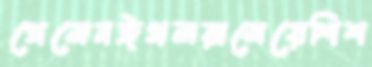
গেলেনঈগলরামেয়েশিশ